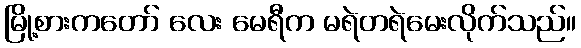
မြို့စားကတော် လေး မေရီက မရဲတရဲမေးလိုက်သည်။